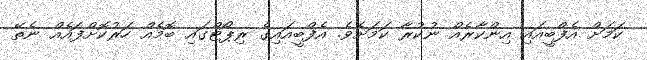
ކަމަށް އެފްބީއައި އިންކާރެއް ނުކުރާ ކަމަށެވެ. އެފްބީއައިގެ ރިޕޯޓްގައި ބޮމެއް ހަރުކޮށްފައެއް ނެތޭ